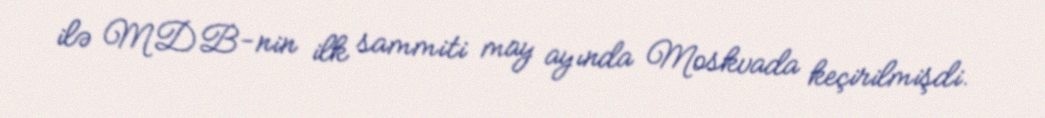
ilə MDB-nin ilk sammiti may ayında Moskvada keçirilmişdi.